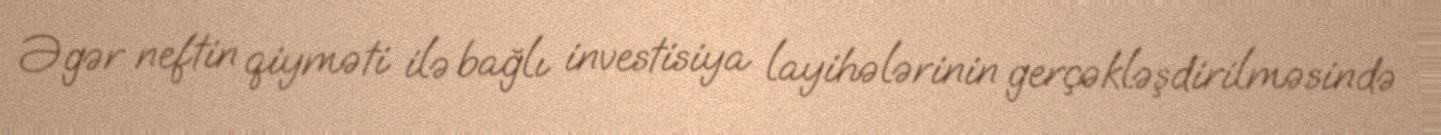
Əgər neftin qiyməti ilə bağlı investisiya layihələrinin gerçəkləşdirilməsində